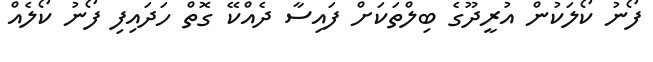
ފޯނު ކޯލަކުން އުރީދޫގެ ބިލްތަކަށް ފައިސާ ދެއްކޭ ގޮތް ހަދައިފި ފޯނު ކޯލެއް